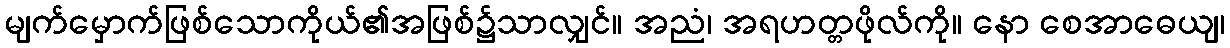
မျက်မှောက်ဖြစ်သောကိုယ်၏အဖြစ်၌သာလျှင်။ အညံ၊ အရဟတ္တဖိုလ်ကို။ နော စေအာဓေယျ၊